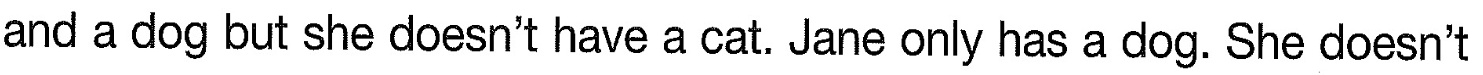
and a dog but she doesn't have a cat. Jane only has a dog. She doesn't